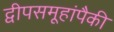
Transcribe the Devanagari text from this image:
द्वीपसमूहांपैकी